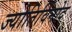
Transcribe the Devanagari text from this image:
ज्योतिर्विनोद